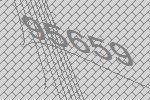
95659